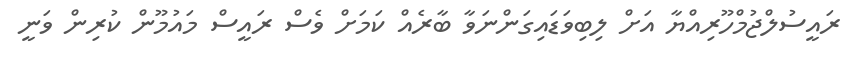
ރައީސުލްޖުމްހޫރިއްޔާ އަށް ލިބިވަޑައިގަންނަވާ ބާރެއް ކަމަށް ވެސް ރައީސް މައުމޫން ކުރިން ވަނީ